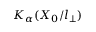
K _ { \alpha } ( X _ { 0 } / l _ { \perp } )